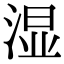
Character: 湿